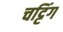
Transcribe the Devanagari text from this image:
चट्टिंग